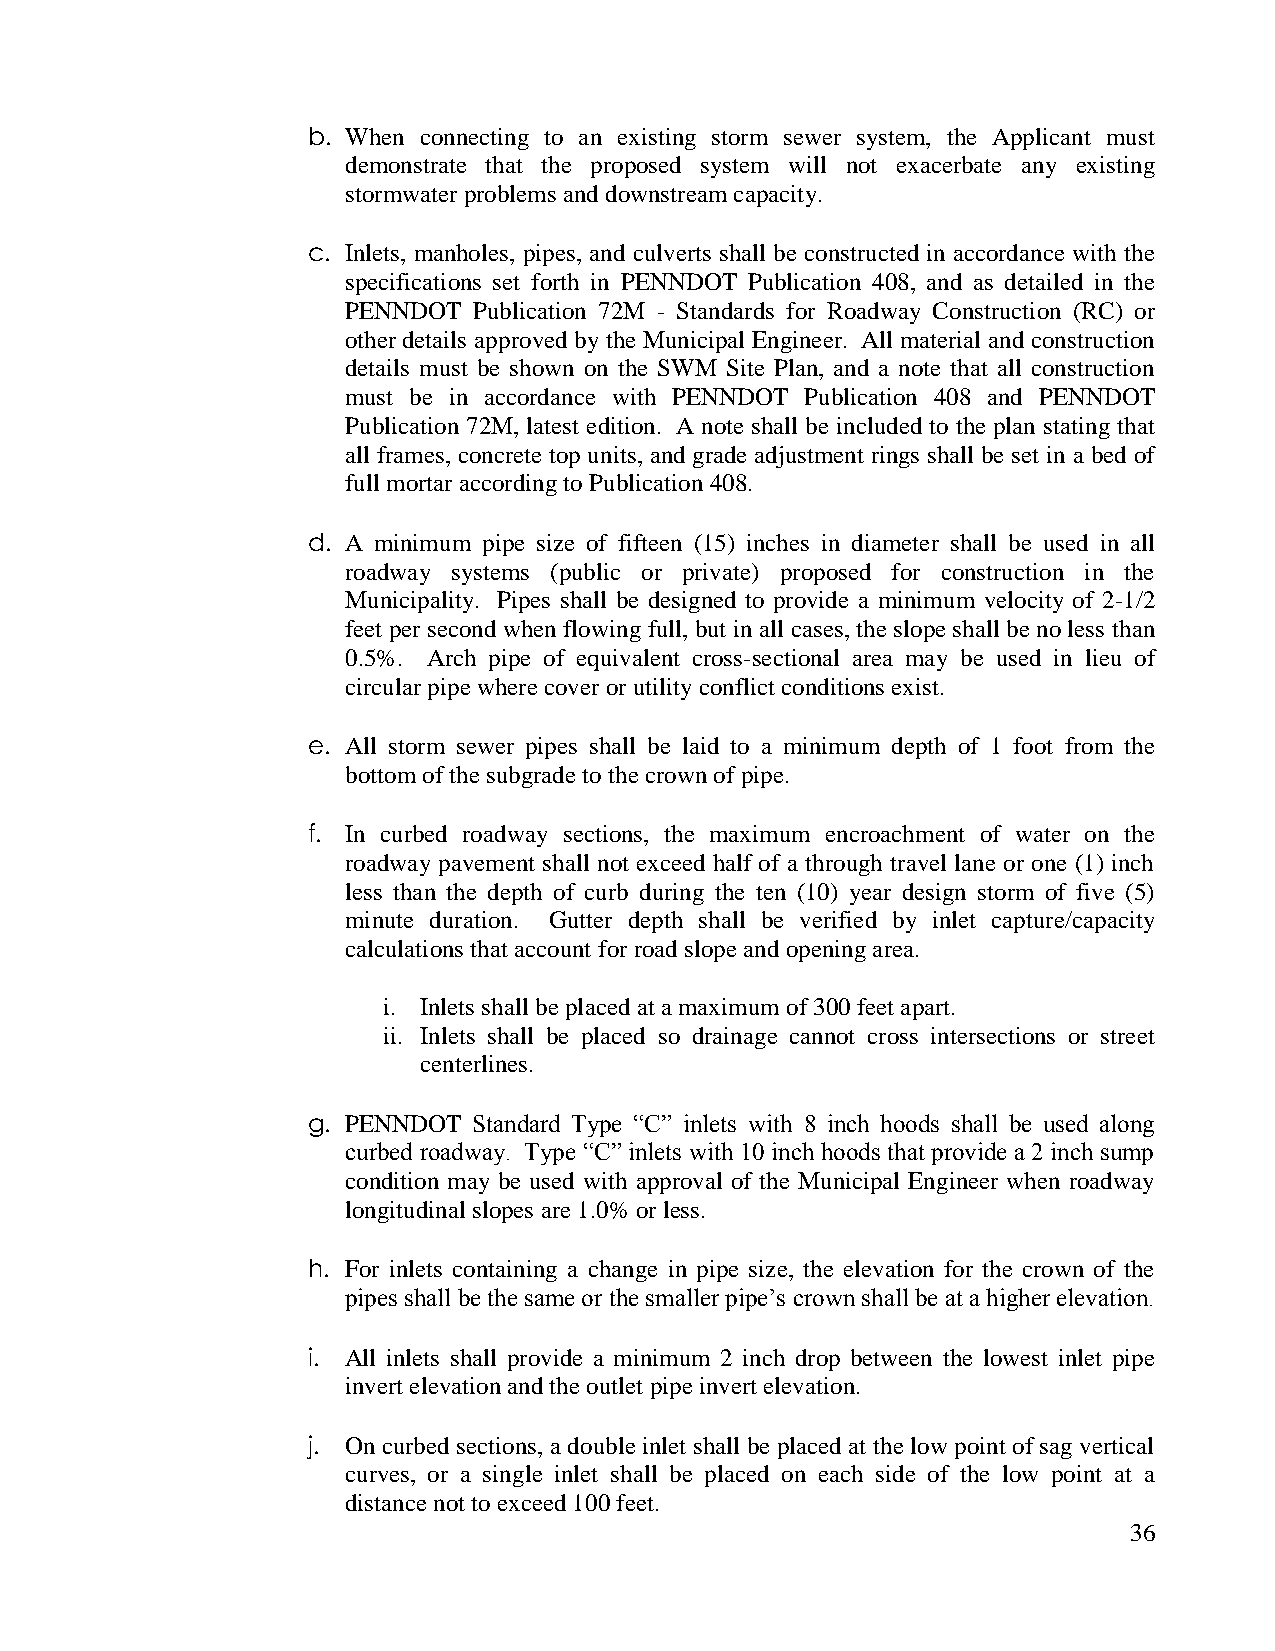
b. When connecting to an existing storm sewer system, the Applicant must
 demonstrate that the proposed system will not exacerbate any existing
 stormwater problems and downstream capacity.
 c. Inlets, manholes, pipes, and culverts shall be constructed in accordance with the
 specifications set forth in PENNDOT Publication 408, and as detailed in the
 PENNDOT Publication 72M - Standards for Roadway Construction (RC) or
 other details approved by the Municipal Engineer. All material and construction
 details must be shown on the SWM Site Plan, and a note that all construction
 must be in accordance with PENNDOT Publication 408 and PENNDOT
 Publication 72M, latest edition. A note shall be included to the plan stating that
 all frames, concrete top units, and grade adjustment rings shall be set in a bed of
 full mortar according to Publication 408.
 d. A minimum pipe size of fifteen (15) inches in diameter shall be used in all
 roadway systems (public or private) proposed for construction in the
 Municipality. Pipes shall be designed to provide a minimum velocity of 2-1/2
 feet per second when flowing full, but in all cases, the slope shall be no less than
 0.5%. Arch pipe of equivalent cross-sectional area may be used in lieu of
 circular pipe where cover or utility conflict conditions exist.
 e. All storm sewer pipes shall be laid to a minimum depth of 1 foot from the
 bottom of the subgrade to the crown of pipe.
 f. In curbed roadway sections, the maximum encroachment of water on the
 roadway pavement shall not exceed half of a through travel lane or one (1) inch
 less than the depth of curb during the ten (10) year design storm of five (5)
 minute duration. Gutter depth shall be verified by inlet capture/capacity
 calculations that account for road slope and opening area.
 i. Inlets shall be placed at a maximum of 300 feet apart.
 ii. Inlets shall be placed so drainage cannot cross intersections or street
 centerlines.
 g. PENNDOT Standard Type “C” inlets with 8 inch hoods shall be used along
 curbed roadway. Type “C” inlets with 10 inch hoods that provide a 2 inch sump
 condition may be used with approval of the Municipal Engineer when roadway
 longitudinal slopes are 1.0% or less.
 h. For inlets containing a change in pipe size, the elevation for the crown of the
 pipes shall be the same or the smaller pipe‟s crown shall be at a higher elevation.
 i. All inlets shall provide a minimum 2 inch drop between the lowest inlet pipe
 invert elevation and the outlet pipe invert elevation.
 j. On curbed sections, a double inlet shall be placed at the low point of sag vertical
 curves, or a single inlet shall be placed on each side of the low point at a
 distance not to exceed 100 feet.
 36